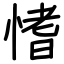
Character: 愭